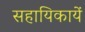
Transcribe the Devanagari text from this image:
सहायिकायें